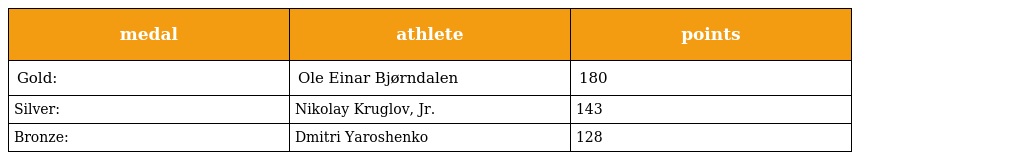
| medal | athlete | points |
 | --- | --- | --- |
 | Gold: | Ole Einar Bjørndalen | 180 |
 | Silver: | Nikolay Kruglov, Jr. | 143 |
 | Bronze: | Dmitri Yaroshenko | 128 |